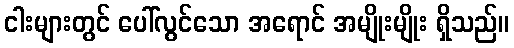
ငါးများတွင် ပေါ်လွင်သော အရောင် အမျိုးမျိုး ရှိသည်။